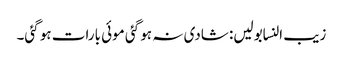
زیب النسابولیں: شادی نہ ہو گئی موئی بارات ہو گئی۔